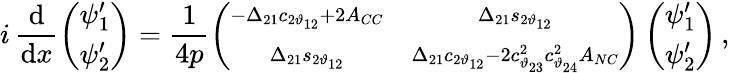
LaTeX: i\, \frac{\mathrm{d}}{\mathrm{d}x}\left(\begin{array}{c}{{\psi_{1}^{\prime}}}\\ {{\psi_{2}^{\prime}}}\end{array}\right)=\frac{1}{4p}\left(\begin{array}{cc}{{\scriptstyle-\Delta_{21}c_{2\vartheta_{12}}+2A_{CC}}}&{{\scriptstyle\Delta_{21}s_{2\vartheta_{12}}}}\\ {{\scriptstyle\Delta_{21}s_{2\vartheta_{12}}}}&{{\scriptstyle\Delta_{21}c_{2\vartheta_{12}}-2c_{\vartheta_{23}}^{2}c_{\vartheta_{24}}^{2}A_{NC}}}\end{array}\right)\left(\begin{array}{c}{{\psi_{1}^{\prime}}}\\ {{\psi_{2}^{\prime}}}\end{array}\right)\, ,